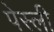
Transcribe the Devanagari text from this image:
पेस्ली